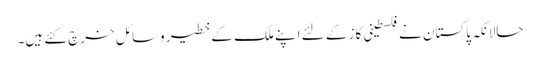
حالانکہ پاکستان نے فلسطینی کاز کے لئے اپنے ملک کے خطیر وسائل خرچ کئے ہیں۔